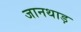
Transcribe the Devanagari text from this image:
जानथाड़